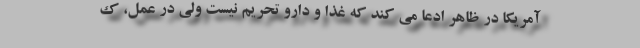
آمریکا در ظاهر ادعا می کند که غذا و دارو تحریم نیست ولی در عمل، ک